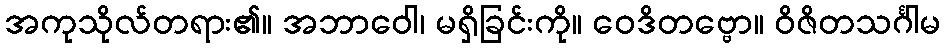
အကုသိုလ်တရား၏။ အဘာဝေါ၊ မရှိခြင်းကို။ ဝေဒိတဗ္ဗော။ ဝိဇိတသင်္ဂါမ